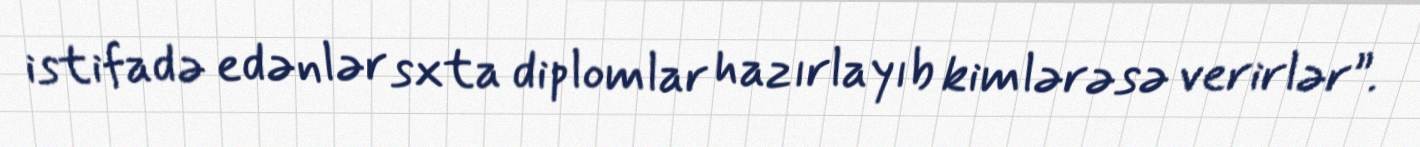
istifadə edənlər sxta diplomlar hazırlayıb kimlərəsə verirlər”.